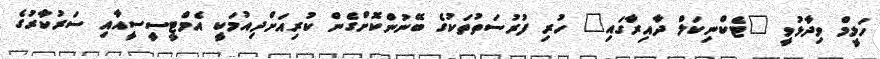
ހަލީމް ވިދާޅުވީ "ޓެކްނިކަލް ދާއިރާގައި" ހުރި ފުރުސަތުތަކުގެ ބޭނުންކޮށްގެން ކުރިއަށްދިއުމަކީ އެމްޓީސީސީއާއި ސަރުކާރުގެ